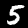
Label: 5